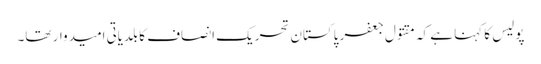
پولیس کا کہنا ہے کہ مقتول جعفر پاکستان تحریک انصاف کا بلدیاتی امیدوار تھا۔